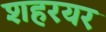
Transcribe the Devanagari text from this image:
शहरयर